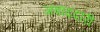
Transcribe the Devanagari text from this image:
जबाददारी